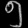
Digit: ၅